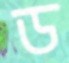
ড